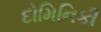
દોમિનિકી